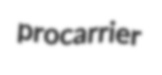
procarrier